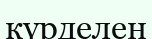
күрделен